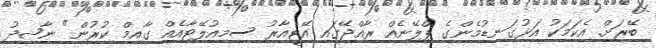
ބޭރަށް. އެކަމަކު އަޅުގަނޑުމެންގެ ޕްލޭނެއް ރާއްޖޭގައި އޭޓީއާރު ސިމިއުލޭޓާއެއް ގާއިމް ކުރުން" ނާޝިދު